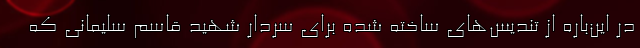
در این‌باره از تندیس‌های ساخته شده برای سردار شهید قاسم سلیمانی که